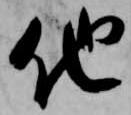
他